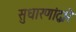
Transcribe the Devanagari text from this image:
सुधारणांद्वारे